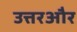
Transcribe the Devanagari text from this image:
उत्तरऔर